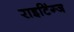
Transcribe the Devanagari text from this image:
राइटिंग्ज